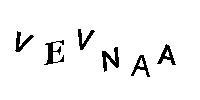
VEVNAA